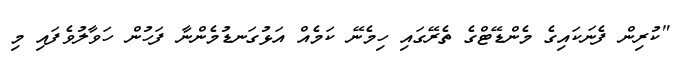
"ކުރިން ފެނަކައިގެ މެންޑޭޓްގެ ތެރޭގައި ހިމެނޭ ކަމެއް އަޅުގަނޑުމެންނާ ފަހުން ހަވާލުވެފައި މި